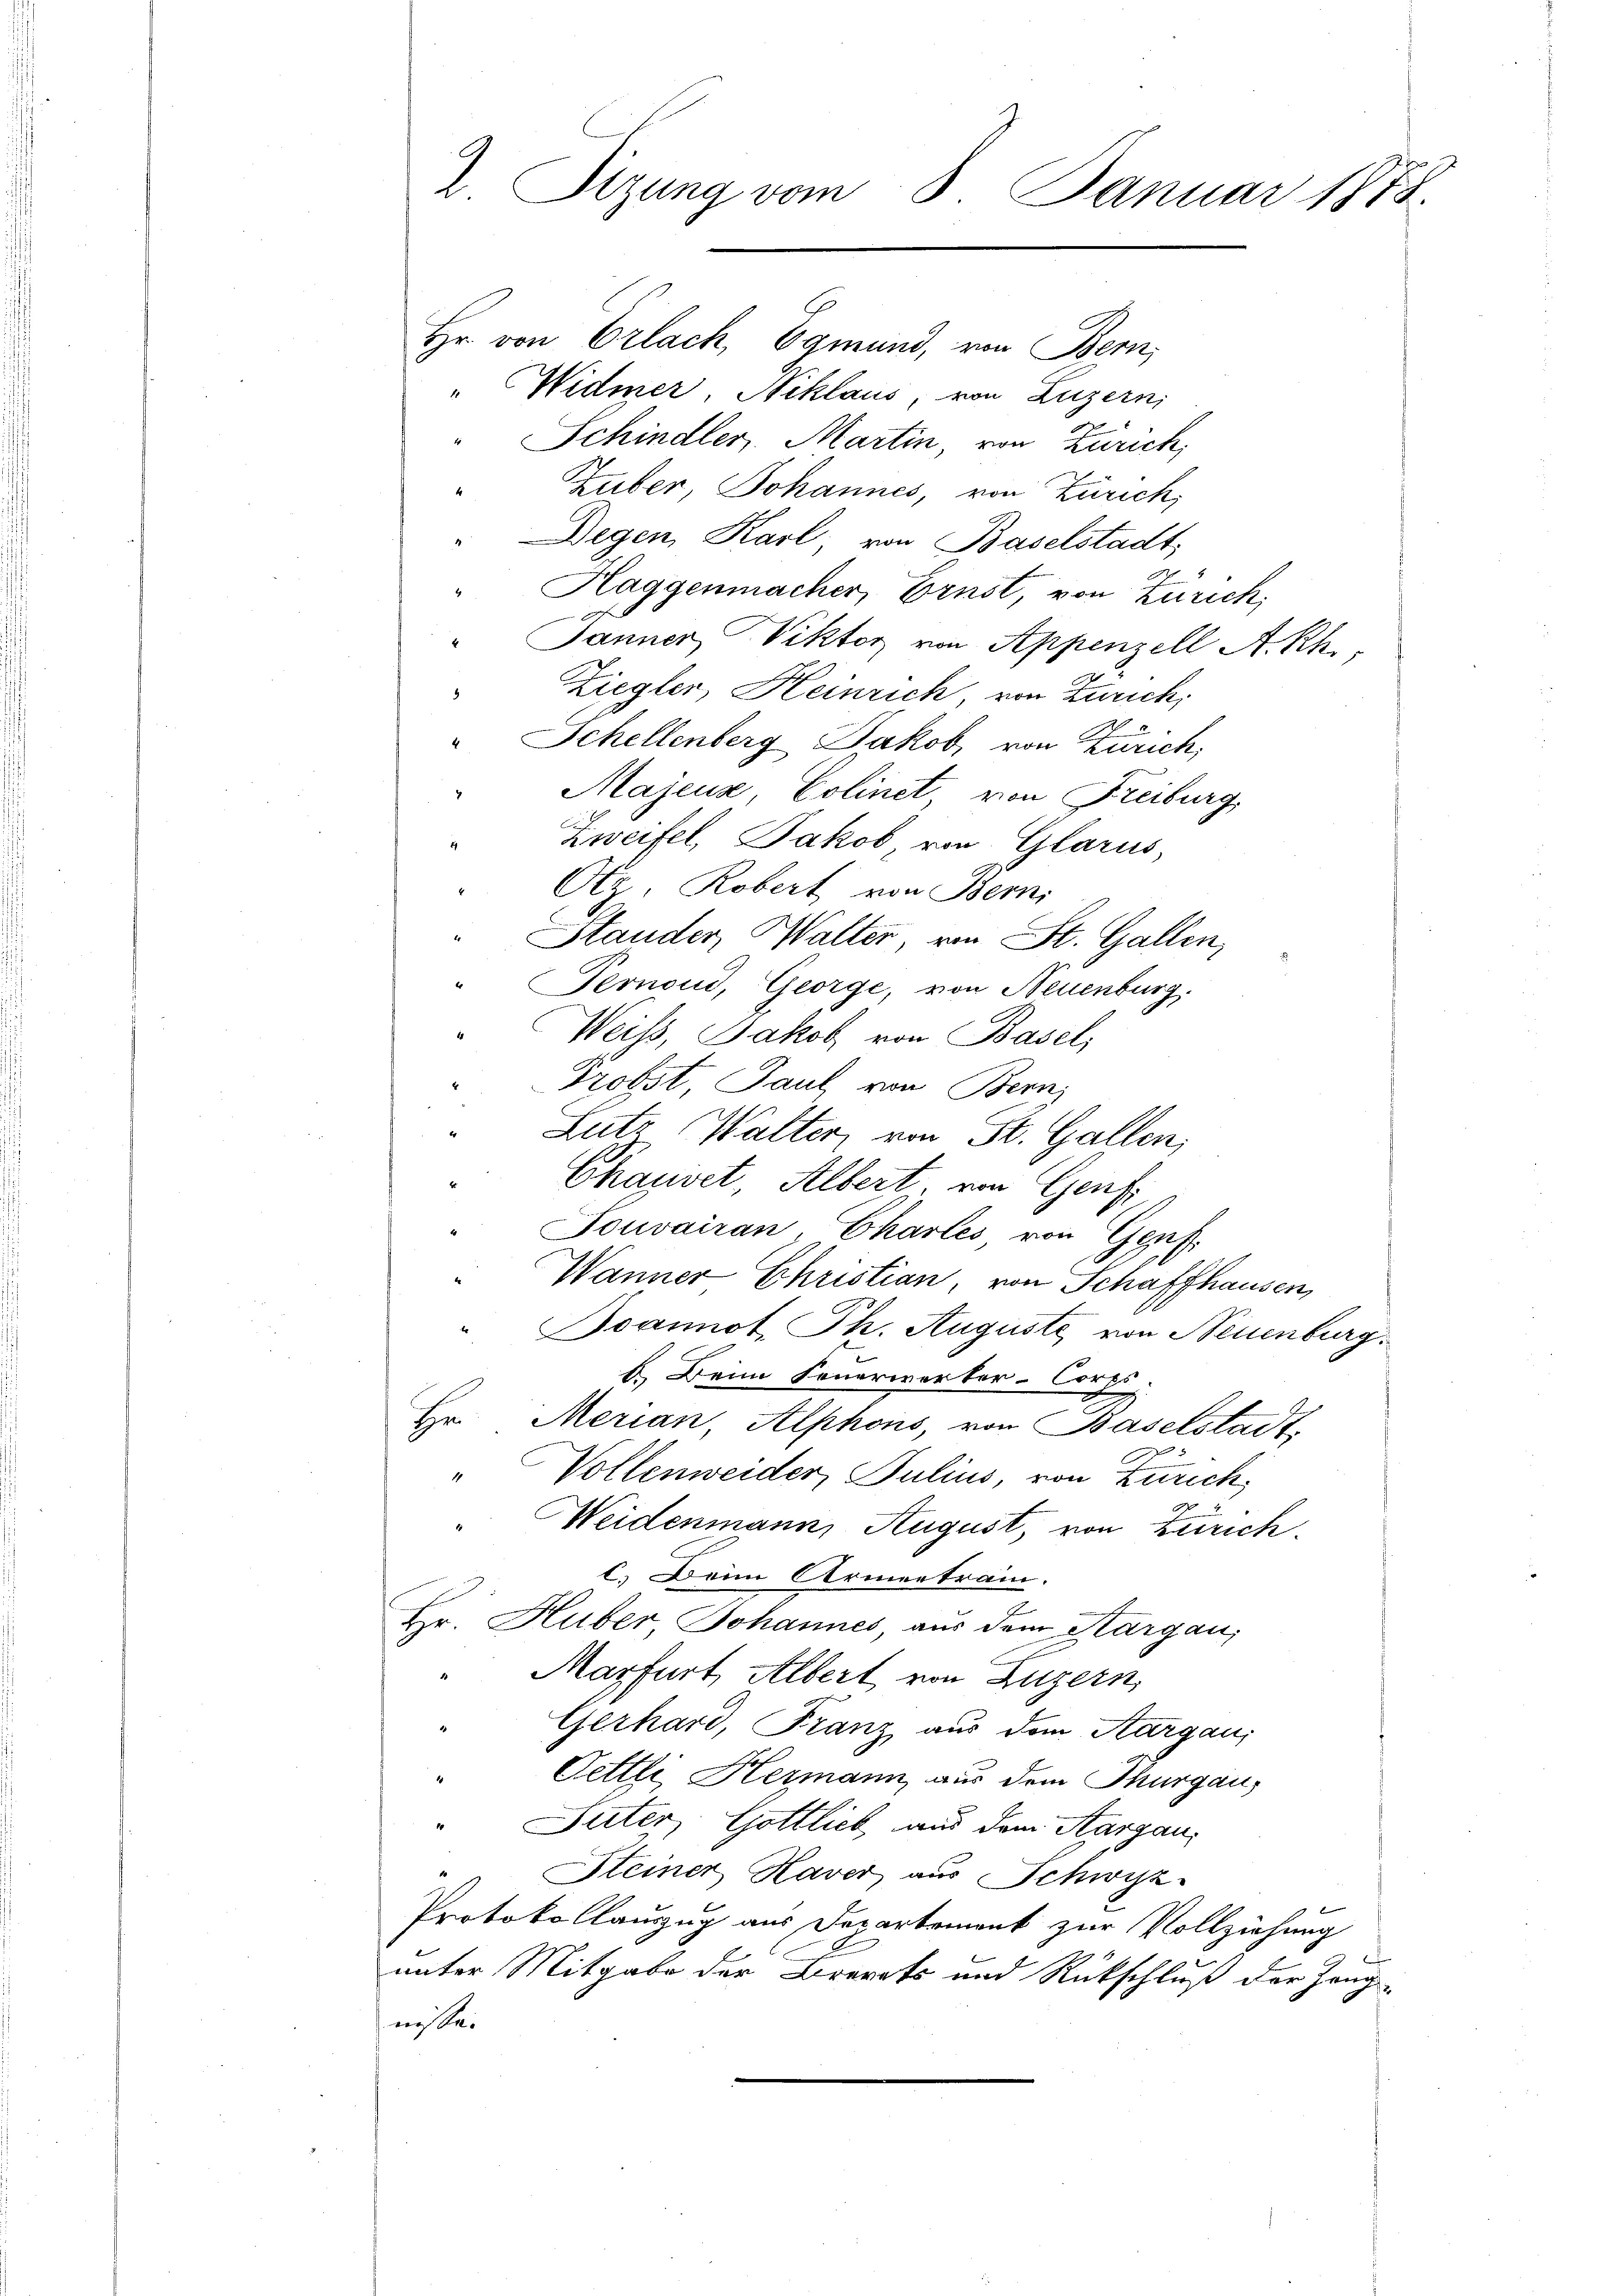
2 Sizung vom 8. Januar 1878.
Hr. von Erlach, Egmund, von Bern,

" Widmer, Niklaus, von Luzern,
" Schindler, Martin, von Zürich,
Huber, Johannes, von Zürich,
"Degen Karl, von Baselstadt
Haggenmacher, Ernst, von Zürich,
4
x
Janner Viktor von Appenzell A.Rh.,
Ziegler, Heinrich von Zürich,
8
" Schellenberg Jakob, von Zürich,
" Majeur, Colinet, von Freiburg,
Zweifel, Jakob von Glarus,
Otz Robert von Berni
4
Stander, Walter, von St. Gallen,
" Pernoud, George, von Neuenburg.
Weiss, Jakob von Basel,
Probst, Paul von Bern,
Lutz, Walter, von St. Gallen,
Chauvet, Albert, von Genf
Touvairan Chartes von Genf.
Wanner Christian, von Schaffhausen,
Boannot. Ph. Auguste, von Neuenburg.
b. Beim Feuerwerker-Corps
Hr. Merian, Alphons, von Baselstadt,
1
Vollenweider, Julius, von Zürich,
Weidenmann, August, von Zürich.
l. Beim Armentrain.
Hr. Huber Johannes, aus dem Sargau,
Marfurt Albert von Luzern,
Gerhard, Franz aus dem Aargaui
Tettli, Hermann aus dem Thurgau,
" Suter, Gottlich aus dem Aargau,
Steiner Haver aus Schwyz
Protokollauszug aus Departement zur Vollziehung
unter Mitgabe der Brevets und Rückschluß der Zeug-
nisse.